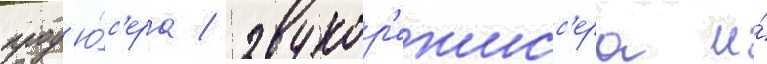
прод'ю́с'ера / звукор'ежисс'ера и́